Cholera in India, 1862 to 1881
Year: 1862
Disease focus: Cholera
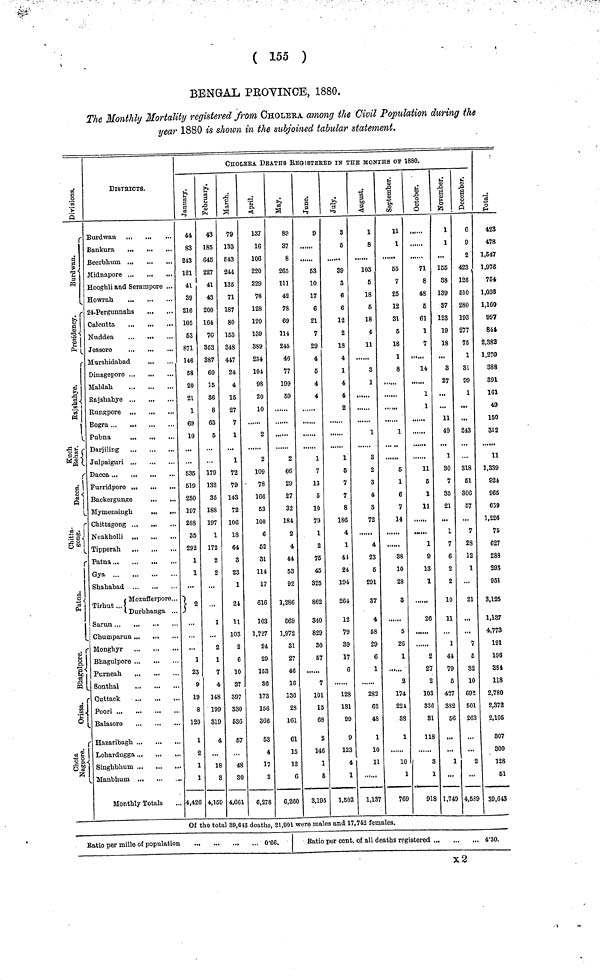
( 155 )
BENGAL PROVINCE, 1880.
The Monthly Mortality registered from CHOLERA among the Civil Population during the
year 1880 is shown in the subjoined tabular statement.
Division.
Burdwan.
Presidency.
Rajshahye.
Kuch Behar.
Dacca.
Chitta. gong.
Patna.
Bhagulpore.
Orissa.
Chota Nagpur.
DISTRICTS.
Burdwan
Bankura
Beerbhum
Midnapore
Hoogbli and Serampore ...
Howrah
...
24-Pergunnahs
...
Calcutta
Nuddea
...
Jessore
Murshidabad
Dinagepore ...
Maldah
Rajshahye
Rungpore
Bogra
Pubna
Furridpore
Backergunge
Mymensingh
...
Chittagong ...
Noakholli
Tipperah
Gya
Shahabad
Tirhut {Mozufterpore...
Durbhanga
Chumparun
Monghyr
Bhagulpore
Purneah
Sonthal
Cuttack
P
oori
Balasore
...
...
...
Hazaribagh
Lohardugga
Singhbhum
Manbhum
Monthly Totals
CHOLERA DEATHS REGISTERED IN THE MONTHS OF 1880.
January.
44
83
243
121
41
39
216
105
63
871
146
68
20
21
1
69
10
635
619
280
107
288
35
292
1
1
2
1
23
9
19
8
120
1
2
1
1
4,426
February.
43
186
645
227
41
43
200
164
70
363
387
60
16
36
8
63
5
179
132
35
188
197
1
172
2
2
1
2
1
7
4
148
199
319
4
18
3
4,159
March.
79
133
£43
244
135
71
187
80
153
348
447
24
4
15
27
7
1
1
72
79
143
72
106
18
64
3
23
1
24
11
103
2
6
10
27
397
330
536
67
48
SO
4.661
April.
137
16
106
220
229
78
128
120
139
389
234
104
98
20
10
2
2
109
78
166
53
100
6
62
31
114
17
616
163
1,727
24
29
163
36
173
156
366
53
4
17
3
6,278
May.
89
37
8
265
111
42
78
69
114
245
46
77
199
59
2
66
29
27
32
184
2
4
44
53
92
1,286
669
1,972
31
27
46
16
136
28
161
61
15
12
6
6,260
June.
9
63
10
17
6
21
7
29
4
5
4
4
1
7
13
6
10
79
1
2
75
45
325
862
340
829
30
57
7
101
15
68
2
146
1
6
8,195
July.
3
6
39
3
6
6
12
2
18
4
1
4
4
2
1
5
7
7
8
186
4
1
41
24
194
264
12
79
39
17
6
128
131
99
9
123
4
1
1,502
August.
1
8
103
6
18
6
18
4
11
8
1
1
3
2
3
4
3
72
4
23
6
291
37
4
58
29
6
1
282
62
48
1
10
11
1,137
Septembere.
11
1
55
7
25
12
31
5
18
1
8
1
5
1
6
7
14
38
10
28
3
5
26
1
3
174
224
33
1
10
1
769
Octomber.
71
8
48
6
61
1
7
14
1
1
11
5
1
11
1
9
13
1
26
2
27
2
103
836
31
118
3
1
918
November.
1
1
166
38
189
87
123
19
18
3
27
11
49
1
30
7
35
21
1
7
6
2
2
10
11
1
44
79
5
427
382
66
1
1,749
December.
6
9
2
423
126
610
280
193
277
75
1
81
09
1
243
818
51
306
67
7
28
12
1
21
7
6
32
10
692
501
263
2
4,589
Total.
423
478
1,547
1,976
764
1,036
1,160
997
844
2,382
1,270
383
391
161
49
160
312
11
1,339
824
965
659
1,226
75
627
288
293
951
8,125
1,137
4,773
191
196
384
118
2,780
2,372
2,105
807
300
128
61
39,643
Of the total 39,643 deaths, 21,901 were males and 17,742 females.
Ratio per mille of population
0·66.
Ratio par cent, of all deaths registered
4·30.
x2